Source: Handwritten
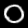
Digit: ၀ (0)